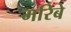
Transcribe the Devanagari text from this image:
मरिबे